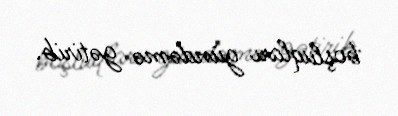
boşluqları gündəmə gətirib.